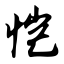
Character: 恺